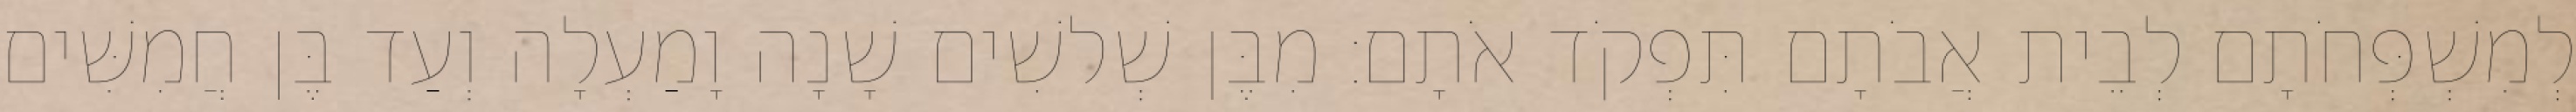
לְמִשְׁפְּחֹתָם לְבֵית אֲבֹתָם תִּפְקֹד אֹתָם׃ מִבֶּן שְׁלשִׁים שָׁנָה וָמַעְלָה וְעַד בֶּן חֲמִשִּׁים